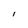
Character: i